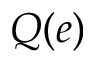
Q ( e )